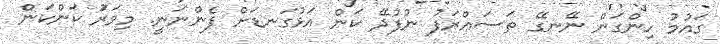
ގައުމު ހިންގަން ނޭނގޭ ތަސައްރަފު ނުފުދޭ ކަން އަޅުގަނޑަށް ފެންނަނީ. މިވަރަު ކަންކަން